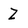
Character: Z